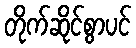
တိုက်ဆိုင်စွာပင်